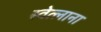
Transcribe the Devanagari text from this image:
स्वेत्लाना